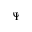
\Psi